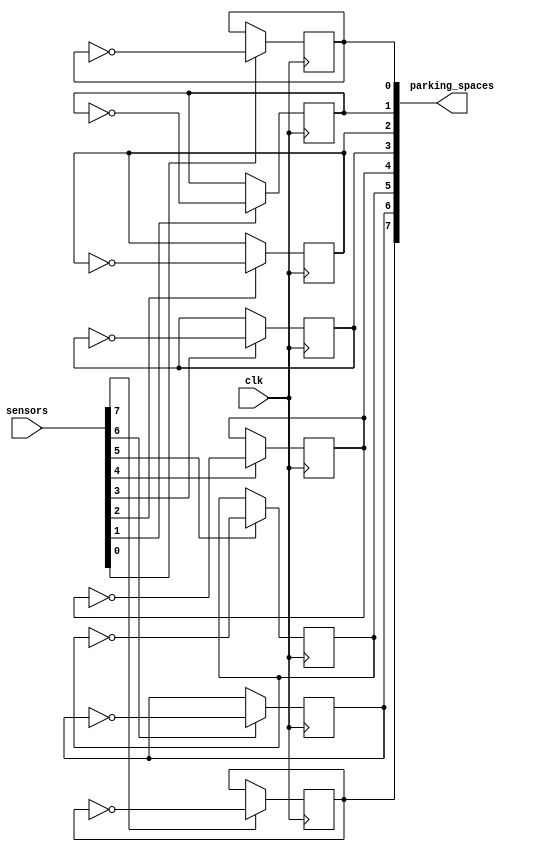
`timescale 1ns/1ps

module car_park(
    input wire clk, // Added clock input
    input wire [7:0] sensors,
    output reg [7:0] parking_spaces
);

genvar i;

generate
    for (i = 0; i < 8; i = i + 1) begin : parking_space_logic
        always @(posedge clk) begin
            // Sensor logic to update parking space status
            if (sensors[i]) parking_spaces[i] = ~parking_spaces[i];
        end
    end
endgenerate

endmodule